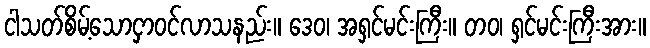
ငါသတ်စိမ့်သောငှာဝင်လာသနည်း။ ဒေဝ၊ အရှင်မင်းကြီး။ တဝ၊ ရှင်မင်းကြီးအား။